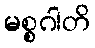
မစ္စဂါတိ